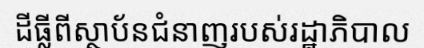
ដីធ្លីពីស្ថាប័នជំនាញរបស់រដ្ឋាភិបាល